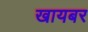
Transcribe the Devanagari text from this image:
खायबर